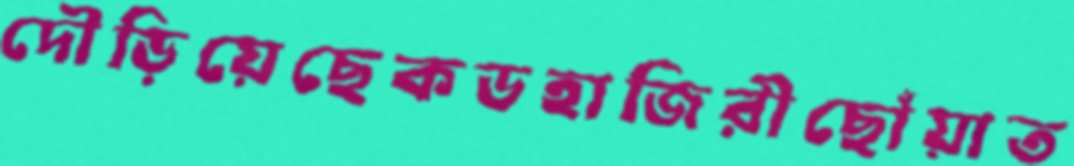
দৌড়িয়েছেকডহাজিরীছোঁয়াত